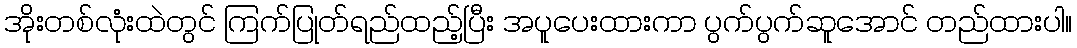
အိုးတစ်လုံးထဲတွင် ကြက်ပြုတ်ရည်ထည့်ပြီး အပူပေးထားကာ ပွက်ပွက်ဆူအောင် တည်ထားပါ။